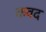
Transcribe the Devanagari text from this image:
कवद